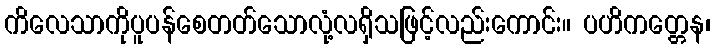
ကိလေသာကိုပူပန်စေတတ်သောလုံ့လရှိသဖြင့်လည်းကောင်း။ ပဟိကတ္တေန၊